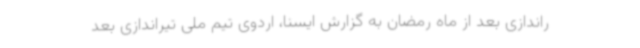
راندازی بعد از ماه رمضان به گزارش ایسنا، اردوی تیم ملی تیراندازی بعد